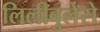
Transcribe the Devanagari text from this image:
लिलीबुलेरो